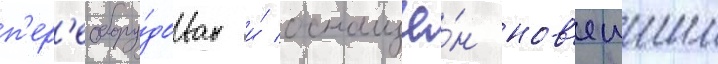
п'ер'еобору́дован и́ оснащё́н нов'еишим